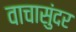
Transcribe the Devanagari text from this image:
वाचासुंदर